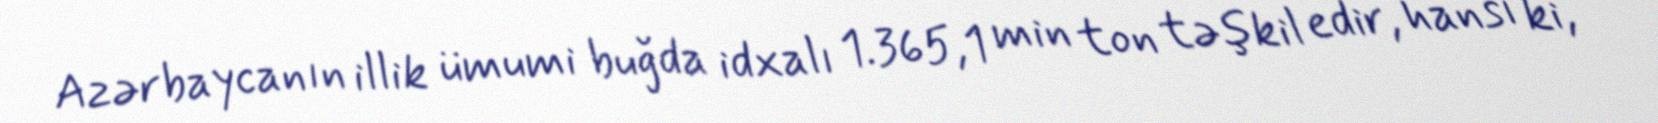
Azərbaycanın illik ümumi buğda idxalı 1.365,1 min ton təşkil edir, hansı ki,